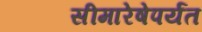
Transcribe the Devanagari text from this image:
सीमारेषेपर्यंत